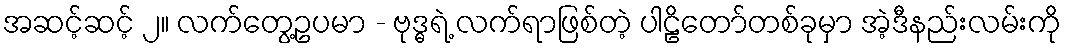
အဆင့်ဆင့် ၂။ လက်တွေ့ဥပမာ - ဗုဒ္ဓရဲ့ လက်ရာဖြစ်တဲ့ ပါဠိတော်တစ်ခုမှာ အဲ့ဒီနည်းလမ်းကို